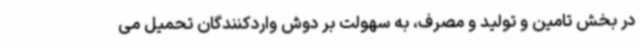
در بخش تامین و تولید و مصرف، به سهولت بر دوش واردکنندگان تحمیل می